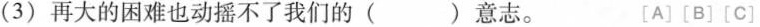
(3)再大的困难也动摇不了我们的()意志。 [A][B][C]